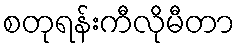
စတုရန်းကီလိုမီတာ